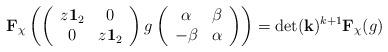
LaTeX: \begin{align*} \mathbf F_{\chi}\left(\left(\begin{array}{cc} z\mathbf 1_2 & 0 \\ 0 & z\mathbf 1_2\end{array}\right)g \left(\begin{array}{cc} \alpha & \beta \\ -\beta & \alpha\end{array}\right)\right) = \det(\mathbf k)^{k+1} \mathbf F_{\chi}(g)\end{align*}